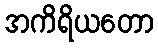
အကိရိယတော